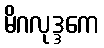
မိဂလုဒ္ဒကေ